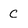
Character: C